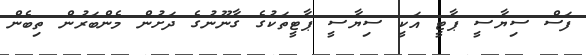
ފަސް ސިޔާސީ ޕާޓީ އަކީ ސިޔާސީ ޕާޓީތަކުގެ ގާނޫނުގެ ދަށުން މެންބަރުން ތިބެން